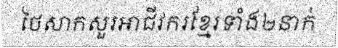
ថៃសាកសួរអាជីវករខ្មែរទាំង២នាក់